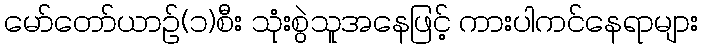
မော်တော်ယာဉ်(၁)စီး သုံးစွဲသူအနေဖြင့် ကားပါကင်နေရာများ